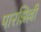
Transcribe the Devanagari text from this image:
पारझिल्ली